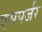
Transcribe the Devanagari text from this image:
एसपर्जर